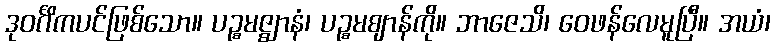
ဒုဝင်္ဂိကပင်ဖြစ်သော။ ပဉ္စမဇ္ဈာနံ၊ ပဉ္စမဈာန်ကို။ ဘာဇေသိ၊ ဝေဖန်လေမူပြီ။ အယံ၊